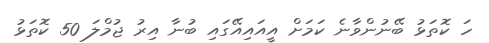
ހަ ކޮތަޅު ބޭނުންވާނެ ކަމަށް އީއައިއޭގައި ބުނާ އިރު ޖުމްލަ 50 ކޮތަޅު